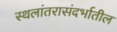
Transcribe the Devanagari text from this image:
स्थलांतरासंदर्भातील